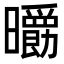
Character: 𣌄